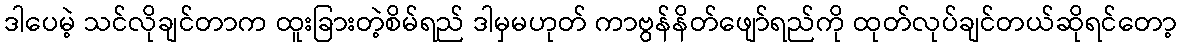
ဒါပေမဲ့ သင်လိုချင်တာက ထူးခြားတဲ့စိမ်ရည် ဒါမှမဟုတ် ကာဗွန်နိတ်ဖျော်ရည်ကို ထုတ်လုပ်ချင်တယ်ဆိုရင်တော့